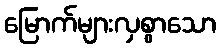
မြောက်များလှစွာသော